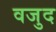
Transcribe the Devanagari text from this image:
वजुद